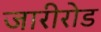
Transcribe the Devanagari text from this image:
जारीरोड